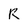
Character: R